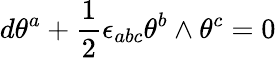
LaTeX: d\theta^{a}+{\frac{1}{2}}\epsilon_{abc}\theta^{b}\wedge\theta^{c}=0